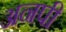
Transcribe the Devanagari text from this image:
अनपी